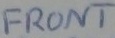
Text: FRONT